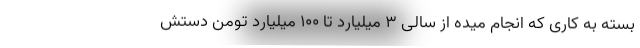
بسته به کاری که انجام میده از سالی ۳ میلیارد تا ۱۰۰ میلیارد تومن دستش